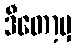
ဒီတော့မှ